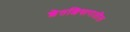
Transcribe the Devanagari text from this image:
शेतशिवारातील